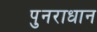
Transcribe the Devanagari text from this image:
पुनराधान